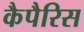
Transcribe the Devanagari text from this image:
कैपैरिस